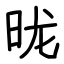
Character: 昽